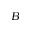
\boldsymbol { B }